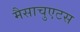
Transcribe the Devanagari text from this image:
मैसाचुएटस